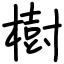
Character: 樹